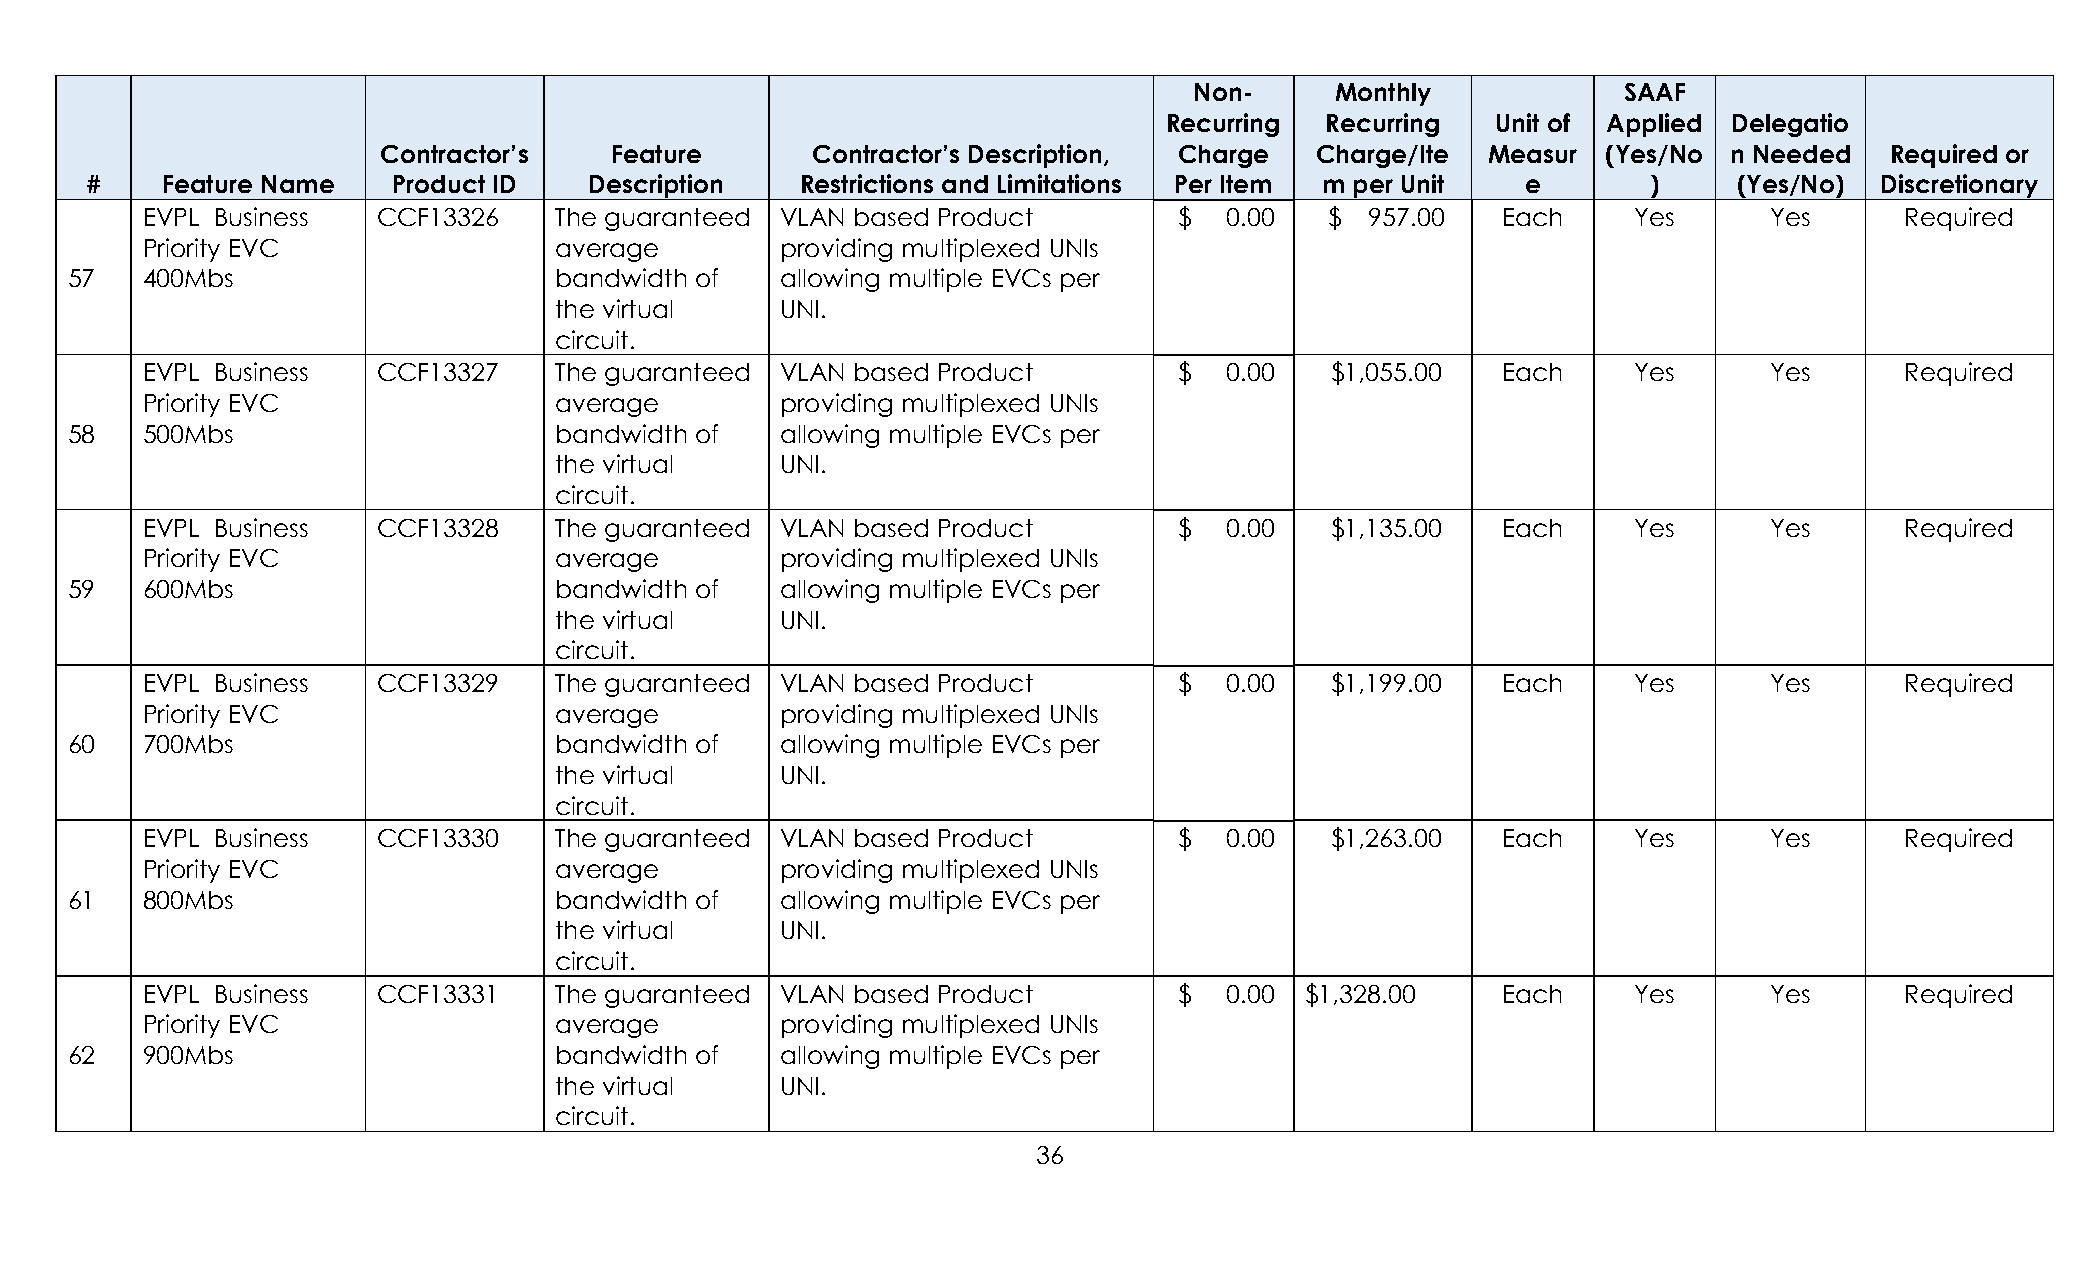
Non-     Monthly            SAAF
 Recurring  Recurring  Unit of Applied Delegatio
 Contractor’s   Feature       Contractor’s Description, Charge Charge/Ite  Measur (Yes/No  n Needed  Required or
 #    Feature Name   Product ID   Description   Restrictions and Limitations Per Item m per Unit e      )     (Yes/No) Discretionary
 EVPL Business   CCF13326    The guaranteed VLAN based Product        $  0.00   $  957.00  Each     Yes      Yes      Required
 Priority EVC                average        providing multiplexed UNIs
 57   400Mbs                      bandwidth of   allowing multiple EVCs per
 the virtual    UNI.
 circuit.
 EVPL Business   CCF13327    The guaranteed VLAN based Product        $  0.00   $1,055.00  Each     Yes      Yes      Required
 Priority EVC                average        providing multiplexed UNIs
 58   500Mbs                      bandwidth of   allowing multiple EVCs per
 the virtual    UNI.
 circuit.
 EVPL Business   CCF13328    The guaranteed VLAN based Product        $  0.00   $1,135.00  Each     Yes      Yes      Required
 Priority EVC                average        providing multiplexed UNIs
 59   600Mbs                      bandwidth of   allowing multiple EVCs per
 the virtual    UNI.
 circuit.
 EVPL Business   CCF13329    The guaranteed VLAN based Product        $  0.00   $1,199.00  Each     Yes      Yes      Required
 Priority EVC                average        providing multiplexed UNIs
 60   700Mbs                      bandwidth of   allowing multiple EVCs per
 the virtual    UNI.
 circuit.
 EVPL Business   CCF13330    The guaranteed VLAN based Product        $  0.00   $1,263.00  Each     Yes      Yes      Required
 Priority EVC                average        providing multiplexed UNIs
 61   800Mbs                      bandwidth of   allowing multiple EVCs per
 the virtual    UNI.
 circuit.
 EVPL Business   CCF13331    The guaranteed VLAN based Product        $  0.00 $1,328.00    Each     Yes      Yes      Required
 Priority EVC                average        providing multiplexed UNIs
 62   900Mbs                      bandwidth of   allowing multiple EVCs per
 the virtual    UNI.
 circuit.
 36